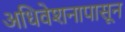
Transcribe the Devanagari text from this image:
अधिवेशनापासून